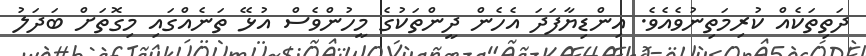
ދަތިތަކެއް ކުރިމަތިނުވެއެވެ. އިންޑިޔާފަދަ އެހެން ދީންތަކުގެ މީހުންވެސް އުޅޭ ތަނެއްގައި މިގޮތަށް ބަދަލު